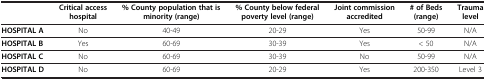
<table><thead><tr><td><b> </b></td><td><b>Critical access hospital</b></td><td><b>% County population that is minority (range)</b></td><td><b>% County below federal poverty level (range)</b></td><td><b>Joint commission accredited</b></td><td><b># of Beds (range)</b></td><td><b>Trauma level</b></td></tr></thead><tbody><tr><td><b>HOSPITAL A</b></td><td>No</td><td>40-49</td><td>20-29</td><td>Yes</td><td>50-99</td><td>N/A</td></tr><tr><td><b>HOSPITAL B</b></td><td>Yes</td><td>60-69</td><td>30-39</td><td>Yes</td><td>&lt; 50</td><td>N/A</td></tr><tr><td><b>HOSPITAL C</b></td><td>No</td><td>60-69</td><td>30-39</td><td>No</td><td>50-99</td><td>N/A</td></tr><tr><td><b>HOSPITAL D</b></td><td>No</td><td>60-69</td><td>20-29</td><td>Yes</td><td>200-350</td><td>Level 3</td></tr></tbody></table>